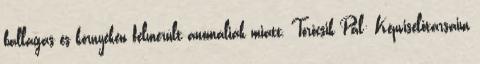
ballagás és környékén felmerült anomáliák miatt. Törőcsik Pál: Képviselőtársaim